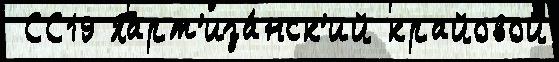
 СС19 Парт'иза́нск'ий крайовой